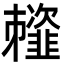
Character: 䪣